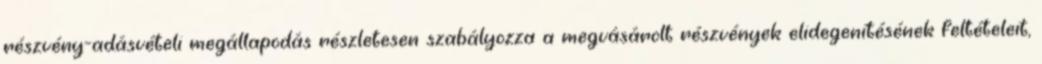
részvény-adásvételi megállapodás részletesen szabályozza a megvásárolt részvények elidegenítésének feltételeit,